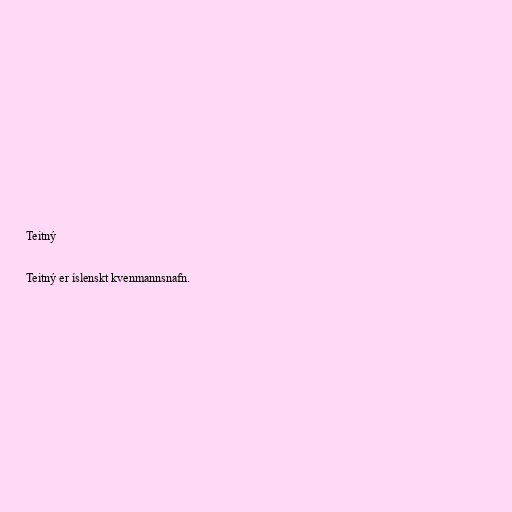
Teitný

Teitný er íslenskt kvenmannsnafn.